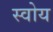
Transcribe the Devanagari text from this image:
स्वोय